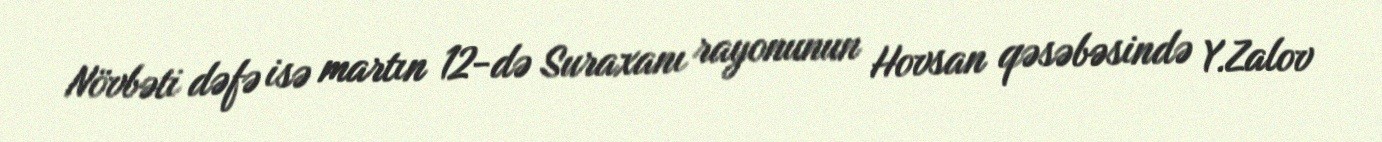
Növbəti dəfə isə martın 12-də Suraxanı rayonunun Hovsan qəsəbəsində Y.Zalov